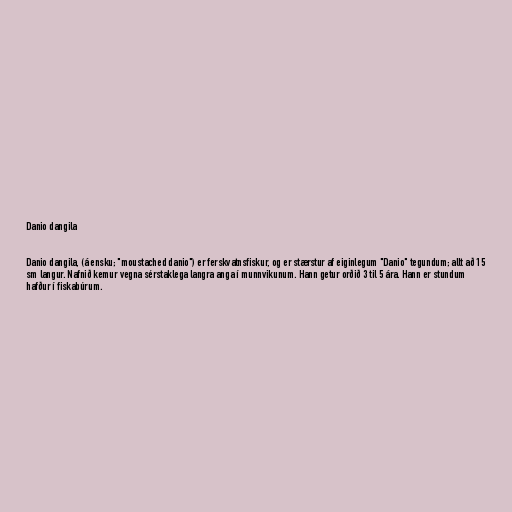
Danio dangila

Danio dangila, (á ensku; "moustached danio") er ferskvatnsfiskur, og er stærstur af eiginlegum "Danio" tegundum; allt að 15
sm langur. Nafnið kemur vegna sérstaklega langra anga í munnvikunum. Hann getur orðið 3 til 5 ára. Hann er stundum
hafður í fiskabúrum.